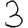
Digit: 3